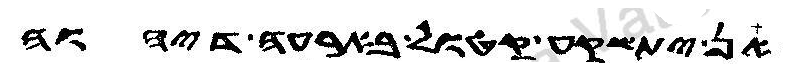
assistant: אן יתשקע קטול בארעה דיהוה